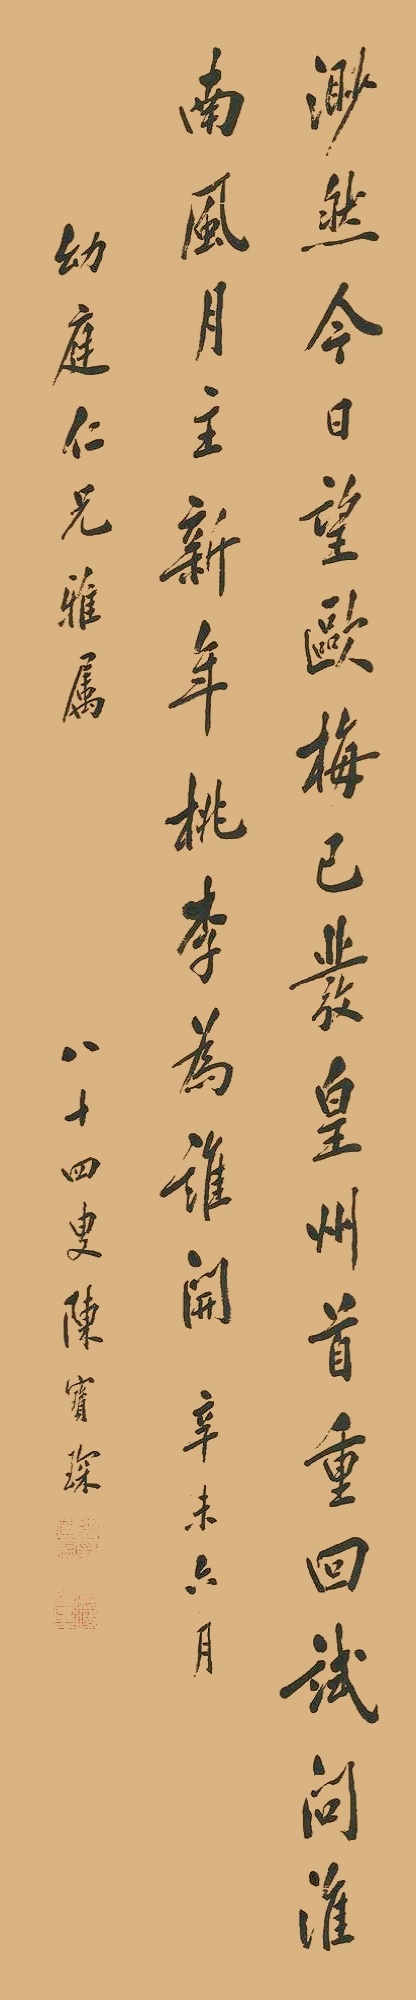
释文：渺然今日望欧梅，已发皇州首更回。试问淮南风月主，新年桃李为谁开。辛未六月，幼庭仁兄雅属。八十四叟陈宝琛。